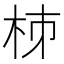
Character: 𣐈